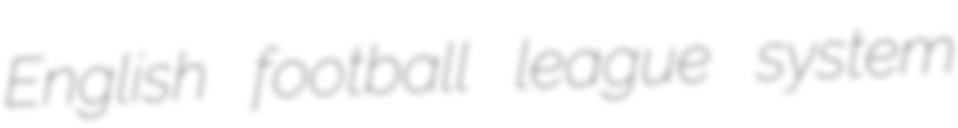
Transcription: English football league system